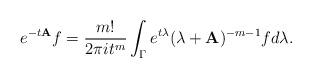
LaTeX: \begin{align*}e^{-t{\bf A}} f = \frac{m!}{2\pi i t^m} \int_\Gamma e^{t\lambda} (\lambda + {\bf A})^{-m-1} f d\lambda.\end{align*}